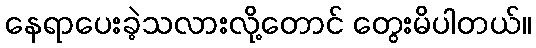
နေရာပေးခဲ့သလားလို့တောင် တွေးမိပါတယ်။